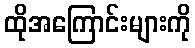
ထိုအကြောင်းများကို